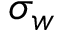
\sigma _ { w }